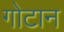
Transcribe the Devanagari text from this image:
गोटान